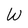
Character: W